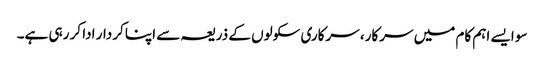
سو ایسے اہم کام میں سرکار، سرکاری سکولوں کے ذریعہ سے اپنا کردار ادا کر رہی ہے۔